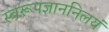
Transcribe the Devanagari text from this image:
स्वरूपज्ञाननिलयं